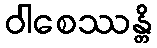
ဝါစေဿန္တိ